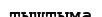
тыштыма